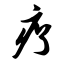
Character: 疗